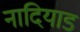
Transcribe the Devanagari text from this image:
नादियाड